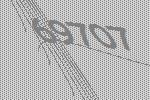
69707